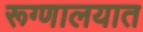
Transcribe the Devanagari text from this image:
रूग्‍णालयात